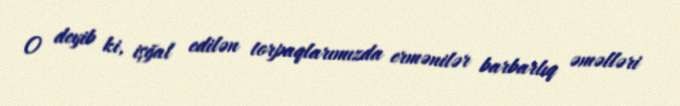
O deyib ki, işğal edilən torpaqlarımızda ermənilər barbarlıq əməlləri